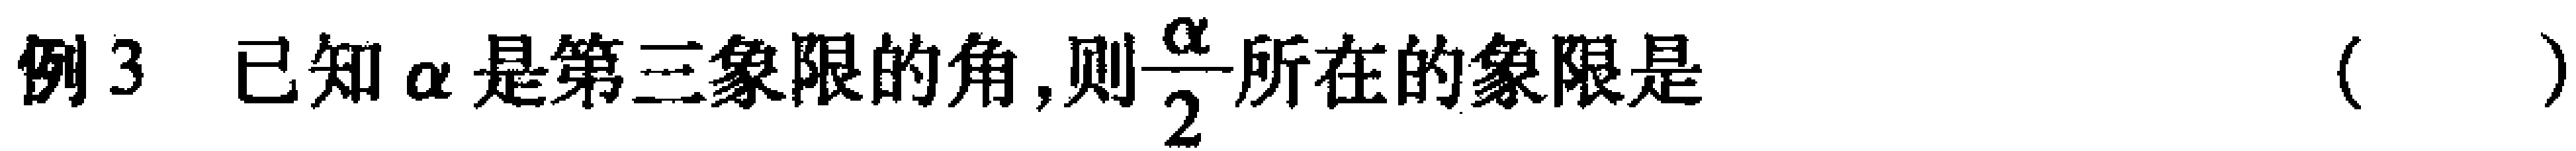
例3 已知$\alpha$是第三象限的角,则$\dfrac{\alpha}{2}$所在的象限是（  ）